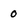
Character: 0